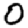
Digit: 0